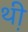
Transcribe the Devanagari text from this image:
थ़ी